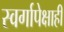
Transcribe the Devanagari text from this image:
स्वर्गापेक्षाही